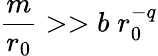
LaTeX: \frac{m}{r_{0}}>>b\; r_{0}^{-q}